Civil Veterinary Department Bihar & Orissa reports 1911-21 - 1911-1921
Year: 1911
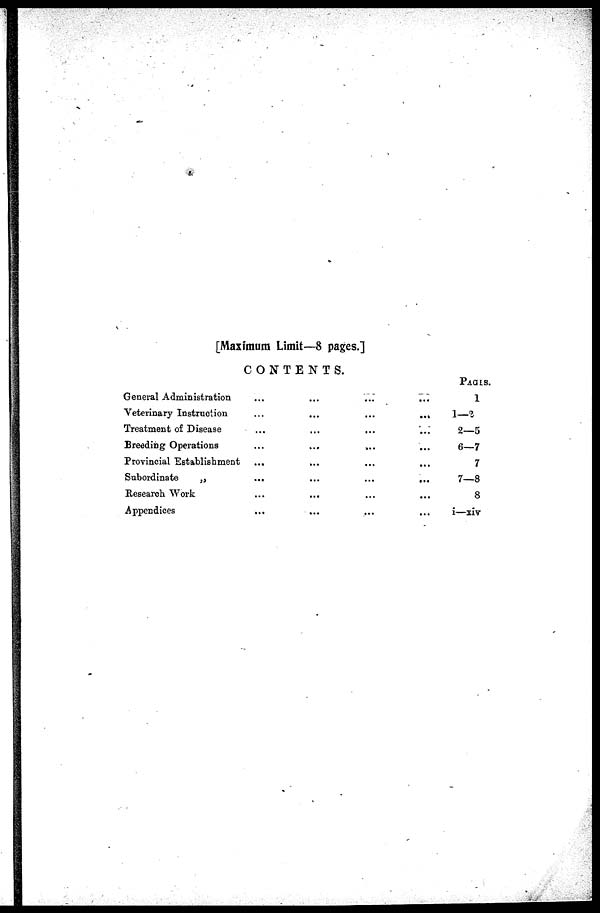
[Maximum Limit—8 pages.]
CONTENTS.
General Administration ... ... ... ...
Veterinary Instruction ... ... ... ...
Treatment of Disease ... ... ... ...
Breeding Operations ... ... ... ...
Provincial Establishment ... ... ... ...
Subordinate
„ ... ... ... ...
Research Work ... ... ... ...
Appendices ... ... ... ...
PAGES.
1
1—2
2—5
6—7
7
7—8
8
i—xiv